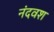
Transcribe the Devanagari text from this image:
नंदवश